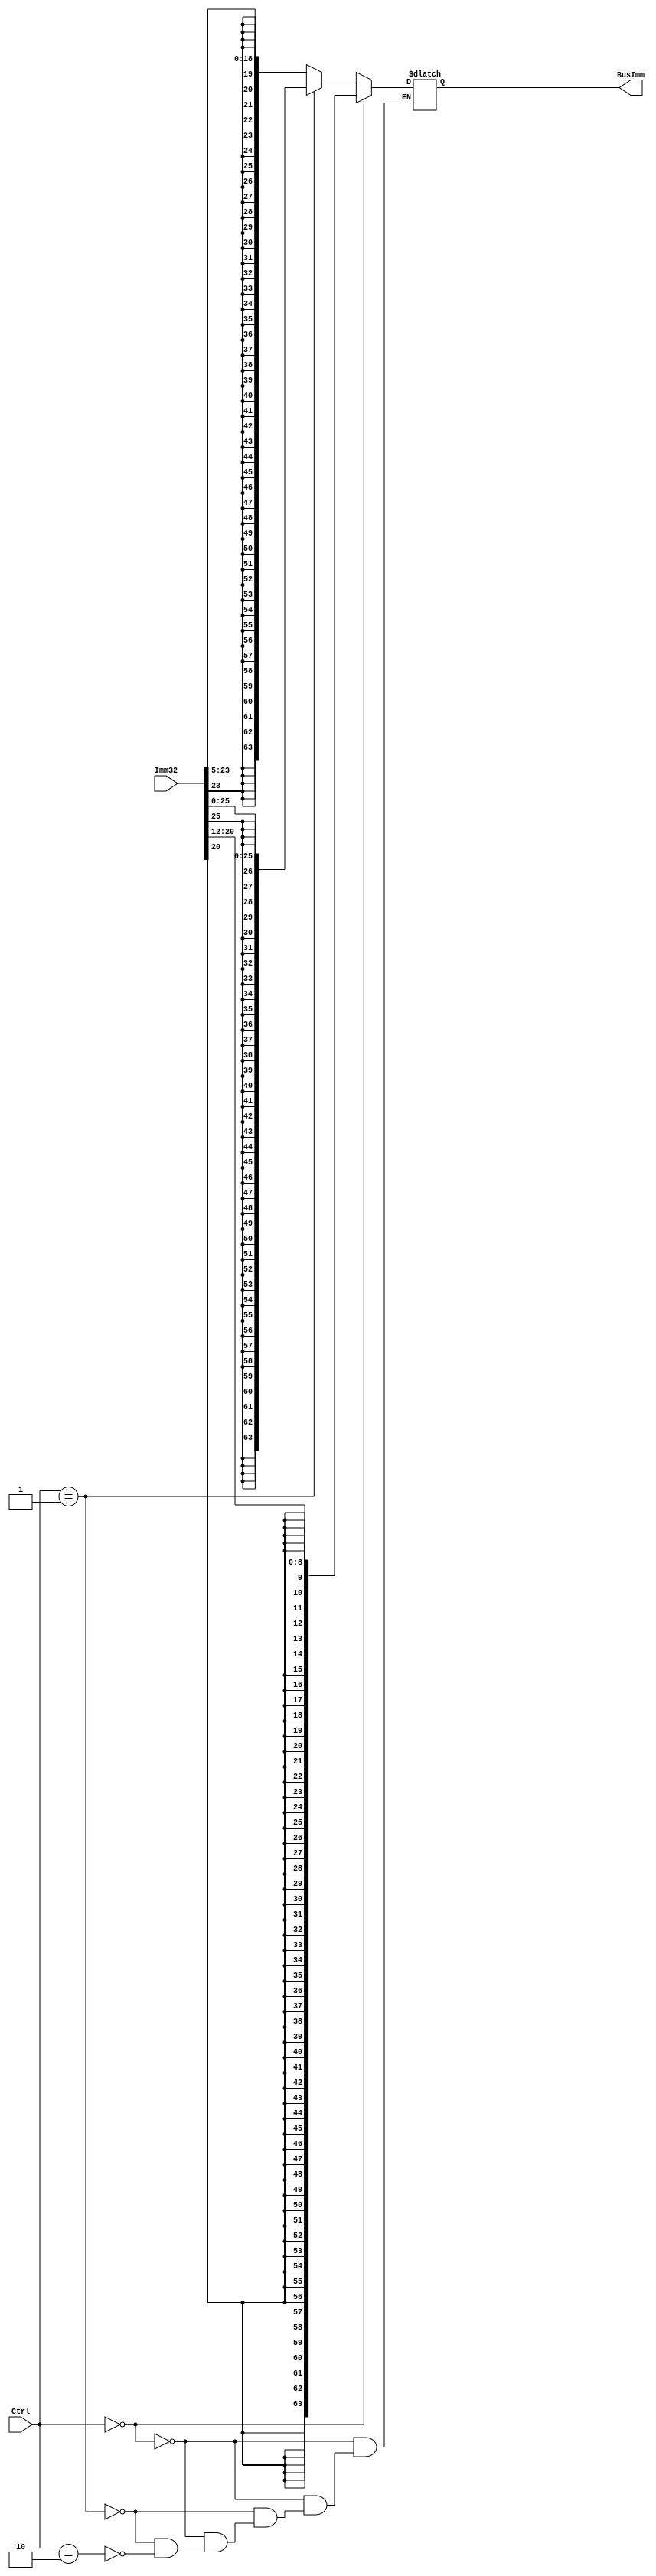
module SignExtender(BusImm, Imm32, Ctrl);
  output reg [63:0] BusImm;
  input [31:0] Imm32;
  input [2:0] Ctrl;

  /*wire extBit;
  assign #1 extBit = (Ctrl ? 1'b0 : Imm16[15]);
  assign BusImm = {{16{extBit}}, Imm16};
  
  assign #1 exitBit = (Ctrl ? 2'b00 : Imm32[20:12]};
  assign BusImm = {{55{Imm32[20]}}, Imm32[20:12]};
  
  .... = {Ctrl ? 2'b01 : Imm32[25:0]}
  */
  
  always@(*)
     begin
         if(Ctrl == 2'b00) // D type
         begin
            BusImm = {{55{Imm32[20]}}, Imm32[20:12]}; //offset 9 bit, from 12 to 20
         end
         
         else if(Ctrl == 2'b01) // B type
         begin
            BusImm = {{38{Imm32[25]}}, Imm32[25:0]}; //offset 26 bit, from 0 to 25
         end
         
         else if(Ctrl == 2'b10) // CB type
         begin
            BusImm = {{45{Imm32[23]}}, Imm32[23:5]}; //offset 19 bit, from 5 to 23
         end
      end
      
 endmodule